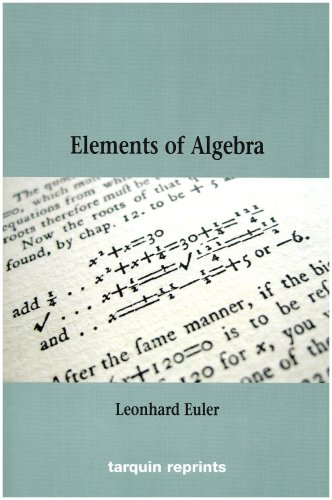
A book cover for Euler's Elements of Algebra; Leonhard Euler; Science & Math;